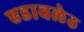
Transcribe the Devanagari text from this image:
एडावलेठ